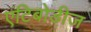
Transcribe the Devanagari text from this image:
एंटिबोडीज